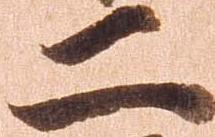
二